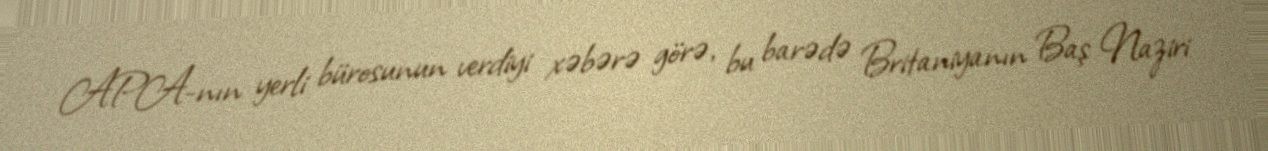
APA-nın yerli bürosunun verdiyi xəbərə görə, bu barədə Britaniyanın Baş Naziri